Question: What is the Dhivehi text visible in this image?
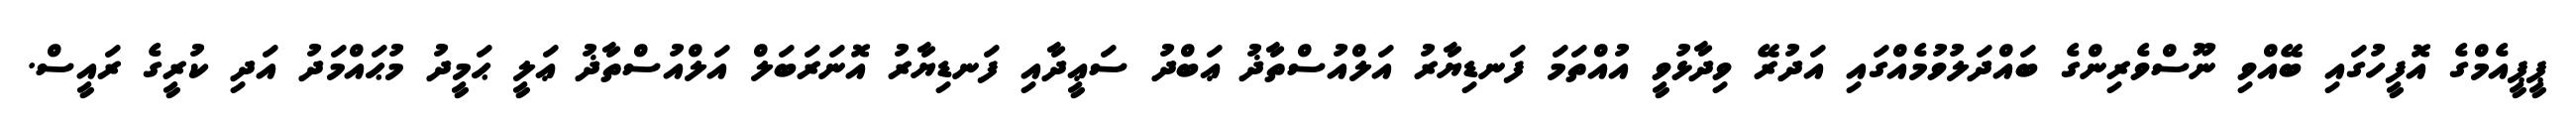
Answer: ޕީޕީއެމްގެ އޮފީހުގައި ބޭއްވި ނޫސްވެރިންގެ ބައްދަލުވުމެއްގައި އަދުރޭ ވިދާޅުވީ އުއްތަމަ ފަނޑިޔާރު އަލްއުސްތާޛު ޢަބްދު ސަޢީދާއި ފަނޑިޔާރު އޮނަރަބަލް އަލްއުސްތާޛު ޢަލީ ޙަމީދު މުޙައްމަދު އަދި ކުރީގެ ރައީސް.